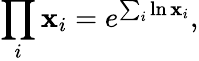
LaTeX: \prod_{i}\mathbf{x}_{i}=e^{\sum_{i}\ln\mathbf{x}_{i}},